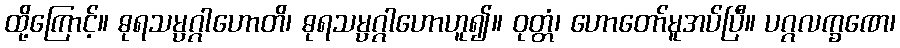
ထို့ကြောင့်။ ဓုရသမ္ပဂ္ဂါဟောတိ၊ ဓုရသမ္ပဂ္ဂါဟောဟူ၍။ ဝုတ္တံ၊ ဟောတော်မူအပ်ပြီ။ ပဂ္ဂလက္ခဏေ၊